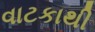
વાટકાથી